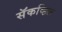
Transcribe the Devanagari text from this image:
सॅकव्हिल